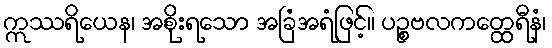
ဣဿရိယေန၊ အစိုးရသော အခြံအရံဖြင့်။ ပဉ္စဗလကတ္ထေရီနံ၊